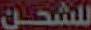
للشحن